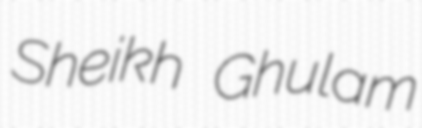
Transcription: Sheikh Ghulam